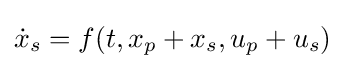
{\dot {x}}_{s}=f(t,x_{p}+x_{s},u_{p}+u_{s})